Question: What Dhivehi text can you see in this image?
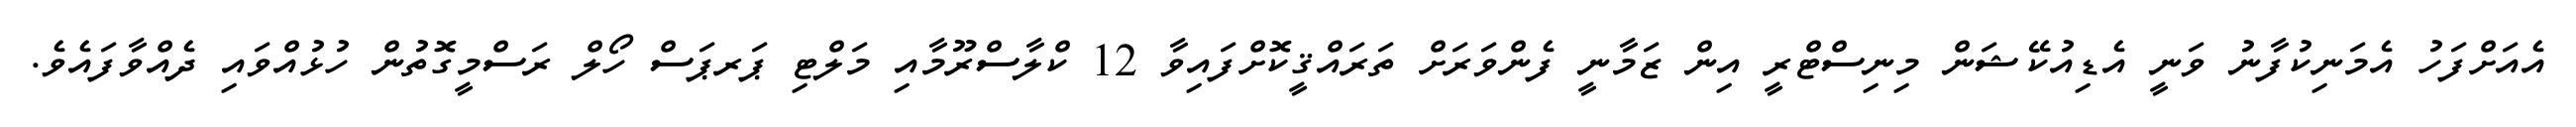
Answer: އެއަށްފަހު އެމަނިކުފާނު ވަނީ އެޑިއުކޭޝަން މިނިސްޓްރީ އިން ޒަމާނީ ފެންވަރަށް ތަރައްޤީކޮށްފައިވާ 12 ކްލާސްރޫމާއި މަލްޓި ޕަރޕަސް ހޯލް ރަސްމީގޮތުން ހުޅުއްވައި ދެއްވާފައެވެ.